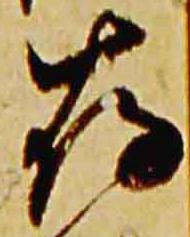
存